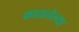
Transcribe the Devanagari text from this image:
कातलेल्या